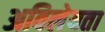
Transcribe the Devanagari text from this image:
अविलेयता